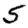
Digit: 5